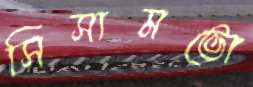
সিসামভো